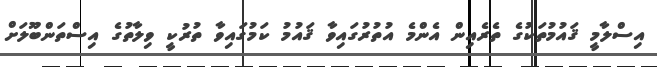
އިސްލާމީ ޤައުމުތަކުގެ ތެރެއިން އެންމެ އުތުރުގައިވާ ޤައުމު ކަމުގައިވާ ތުރުކީ ވިލާތުގެ އިސްތަންބޫލަށް